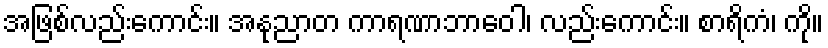
အဖြစ်လည်းကောင်း။ အနုညာတ ကာရဏာဘာဝေါ၊ လည်းကောင်း။ စာရိကံ၊ ကို။